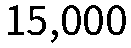
15,000